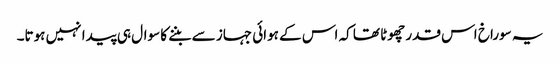
یہ سوراخ اس قدر چھوٹا تھا کہ اس کے ہوائی جہاز سے بننے کا سوال ہی پیدا نہیں ہوتا۔